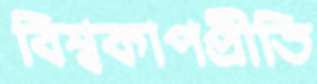
বিশ্বকাপপ্রীতি